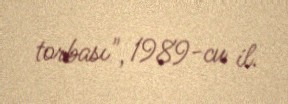
torbası", 1989-cu il.